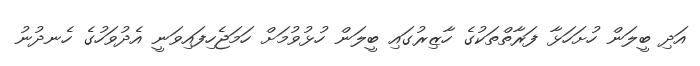
އަދި ބީލަން ހުށަހަޅާ ފަރާތްތަކުގެ ހާޒިރުގައި ބީލަން ހުޅުވުމަށް ހަމަޖެހިފައިވަނީ އެދުވަހުގެ ހެނދުނު